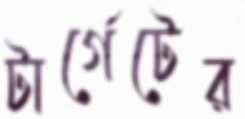
টার্গেটের